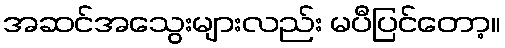
အဆင်အသွေးများလည်း မပီပြင်တော့။